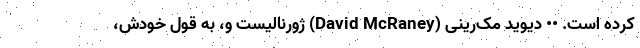
کرده است. •• دیوید مک‌رینی (David McRaney) ژورنالیست و، به قول خودش،